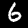
Digit: 6